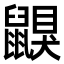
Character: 鼳